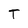
Character: T